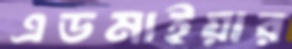
এডমাইয়ার